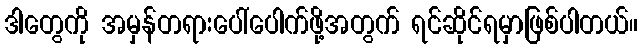
ဒါတွေကို အမှန်တရားပေါ်ပေါက်ဖို့အတွက် ရင်ဆိုင်ရမှာဖြစ်ပါတယ်။